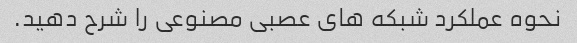
نحوه عملکرد شبکه های عصبی مصنوعی را شرح دهید.